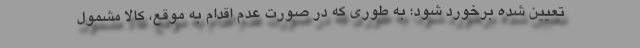
تعیین شده برخورد شود؛ به طوری که در صورت عدم اقدام به موقع، کالا مشمول